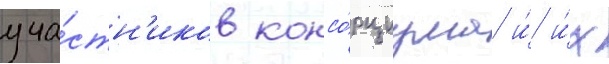
уча́стн'иков консо́рциума и́ и́х